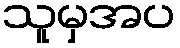
သူမှအပ